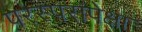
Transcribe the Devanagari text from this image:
परस्परांपेक्षा